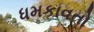
ધમકાવતો